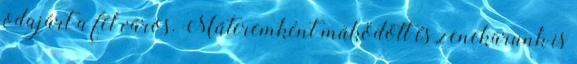
odajárt a fél város. Műteremként működött és zenekarunk is